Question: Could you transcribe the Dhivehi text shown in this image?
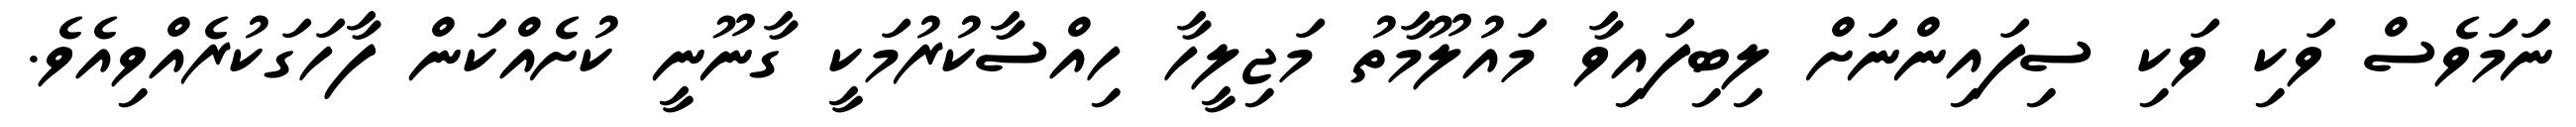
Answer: ނަމަވެސް ވަކި ވަކި ސިފައިންނަށް ލިބިފައިވާ މައުލޫމާތު މަޖިލީހާ ހިއްސާކުރުމަކީ ގާނޫނީ ކުށެއްކަން ފާހަގަކުރެއްވިއެވެ.